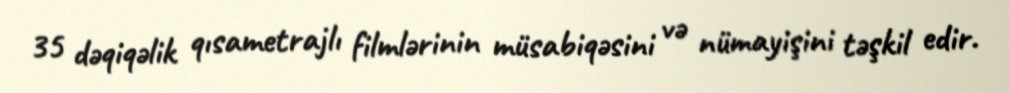
35 dəqiqəlik qısametrajlı filmlərinin müsabiqəsini və nümayişini təşkil edir.